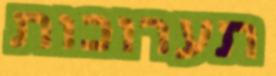
תערוכות